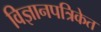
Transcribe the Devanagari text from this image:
विज्ञानपत्रिकेत